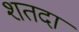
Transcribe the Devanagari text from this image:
शतदा